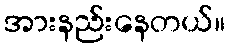
အားနည်းနေတယ်။